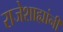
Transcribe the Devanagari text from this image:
राजेशाह्यांनी